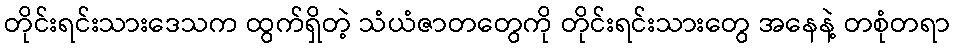
တိုင်းရင်းသားဒေသက ထွက်ရှိတဲ့ သံယံဇာတတွေကို တိုင်းရင်းသားတွေ အနေနဲ့ တစုံတရာ